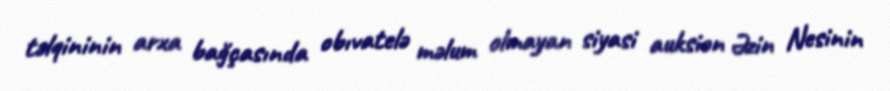
təlqininin arxa bağçasında obıvatelə məlum olmayan siyasi auksion Əzin Nesinin